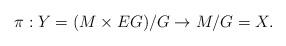
LaTeX: \begin{align*}\pi: Y = (M \times EG) / G \to M/G = X.\end{align*}